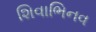
શિવાભિનવ